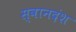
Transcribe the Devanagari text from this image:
स्वानदंश